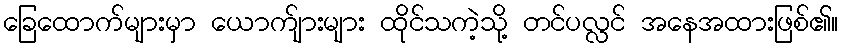
ခြေထောက်များမှာ ယောက်ျားများ ထိုင်သကဲ့သို့ တင်ပလ္လင် အနေအထားဖြစ်၏။